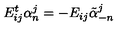
E _ { i j } ^ { t } \alpha _ { n } ^ { j } = - E _ { i j } \tilde { \alpha } _ { - n } ^ { j }